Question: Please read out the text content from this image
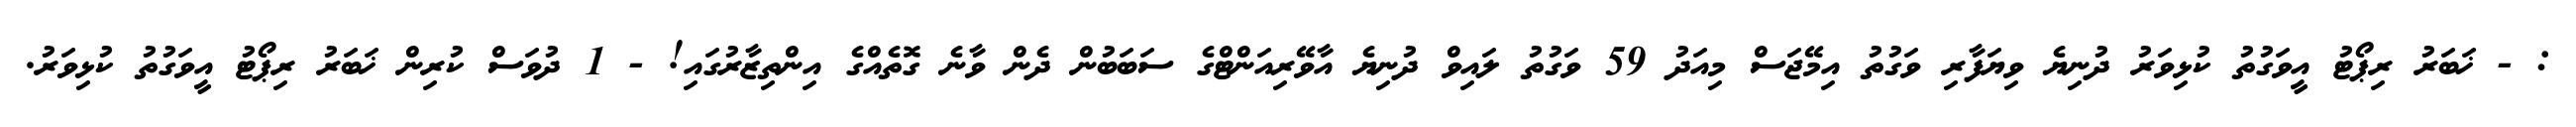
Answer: : - ޚަބަރު ރިޕޯޓު އީވަގުތު ކުޅިވަރު ދުނިޔެ ވިޔަފާރި ވަގުތު އިމޭޖަސް މިއަދު 59 ވަގުތު ލައިވް ދުނިޔެ އާވޭރިއަންޓްގެ ސަބަބުން ދެން ވާނެ ގޮތެއްގެ އިންތިޒާރުގައި! - 1 ދުވަސް ކުރިން ޚަބަރު ރިޕޯޓު އީވަގުތު ކުޅިވަރު.